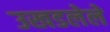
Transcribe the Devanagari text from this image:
उखडलेले